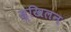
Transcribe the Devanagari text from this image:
स्खिलन